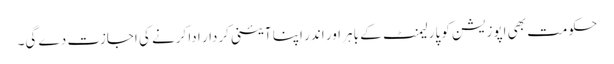
حکومت بھی اپوزیشن کو پارلیمنٹ کے باہر اور اندر اپنا آئینی کردار ادا کرنے کی اجازت دے گی۔